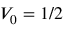
V _ { 0 } = 1 / 2